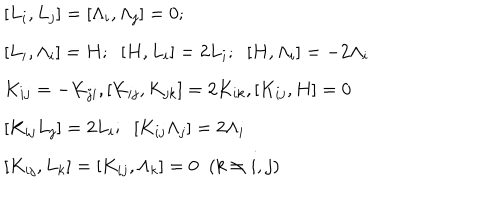
\begin{array} { l } { { { } [ L _ { i } , L _ { j } ] = [ \Lambda _ { i } , \Lambda _ { j } ] = 0 ; \; \; } } \\ { { [ L _ { i } , \Lambda _ { i } ] = H ; \; \; [ H , L _ { i } ] = 2 L _ { i } ; \; \; [ H , \Lambda _ { i } ] = - 2 \Lambda _ { i } } } \\ { { { } K _ { i j } = - K _ { j i } , [ K _ { i j } , K _ { j k } ] = 2 K _ { i k } , [ K _ { i j } , H ] = 0 } } \\ { { { } [ K _ { i j } L _ { j } ] = 2 L _ { i } ; \; \; [ K _ { i j } \Lambda _ { j } ] = 2 \Lambda _ { i } } } \\ { { { } [ K _ { i j } , L _ { k } ] = [ K _ { i j } , \Lambda _ { k } ] = 0 \; \; ( k \neq i , j ) } } \\ \end{array}